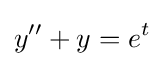
y''+y=e^{t}